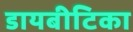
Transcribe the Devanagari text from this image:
डायबीटिका